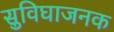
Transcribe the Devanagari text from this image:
सुविघाजनक